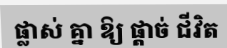
ផ្លាស់ គ្នា ឱ្យ ផ្តាច់ ជីវិត